Annual report of the Central Committee of the Association together with the report of the directors of the Pasteur Institute at Kasauli
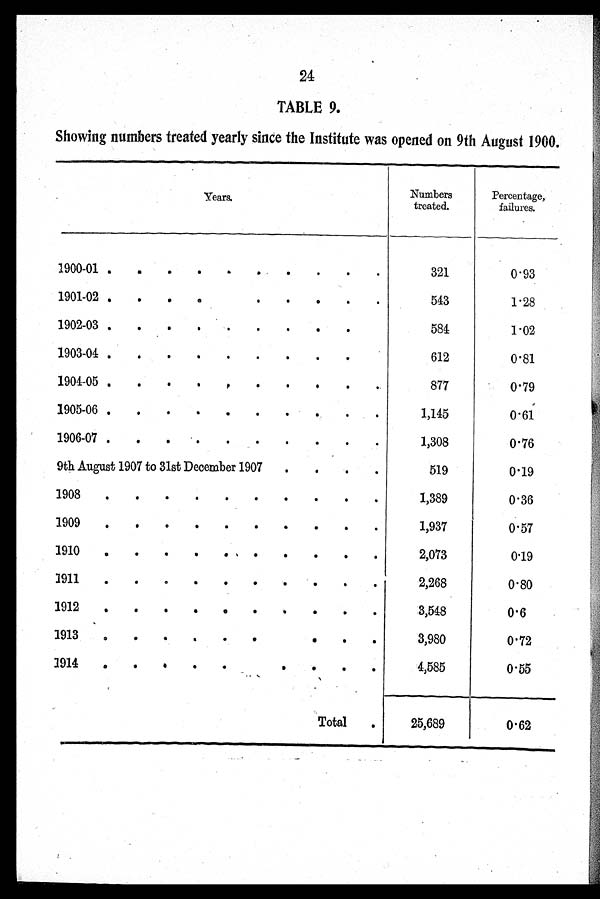
24
TABLE 9.
Showing numbers treated yearly since the Institute was opened on 9th August 1900.
Years.
Numbers
treated.
Percentage,
failures.
1900-01
321
0.93
1901-02
543
1.28
1902-03
584
1.02
1903-04
612
0.81
1904-05
877
0.79
1905-06
1,145
0.61
1906-07
1,308
0.76
9th August 1907 to 31st December 1907
519
0.19
1908
1,389
0.36
1909
1,937
0.57
1910
2,073
0.19
1911
2,268
0.80
1912
3,548
0.6
1913
3,980
0.72
1914
4,585
0.55
Total
25,689
0.62